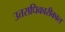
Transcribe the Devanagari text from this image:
उत्तराधिकारीकाल